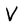
Character: V